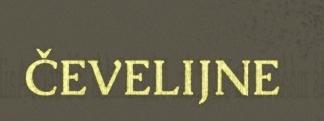
ČEVELIJNE